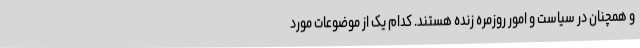
و همچنان در سیاست و امور روزمره زنده هستند. کدام یک از موضوعات مورد